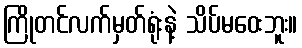
ကြိုတင်လက်မှတ်ရုံးနဲ့ သိပ်မဝေးဘူး။